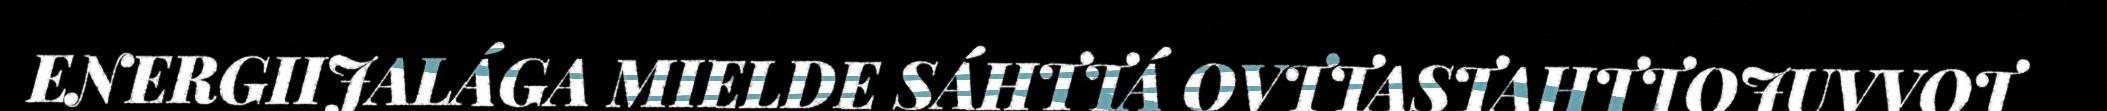
ENERGIIJALÁGA MIELDE SÁHTTÁ OVTTASTAHTTOJUVVOT